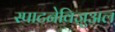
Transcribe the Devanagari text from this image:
स्पाटनेविज़ुअल